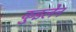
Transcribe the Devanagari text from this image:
कुइलेन